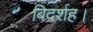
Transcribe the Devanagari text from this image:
बिदर्शह।